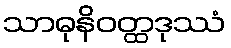
သာဓုနိဝတ္ထဒုဿံ